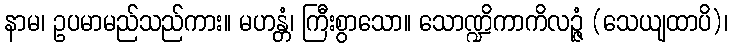
နာမ၊ ဥပမာမည်သည်ကား။ မဟန္တံ၊ ကြီးစွာသော။ သောဏ္ဍိကာကိလဉ္ဇံ (သေယျထာပိ)၊